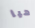
هيا